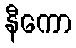
နီကော